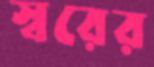
স্বরের